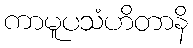
ကာမူပသံဟိတာနိ